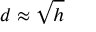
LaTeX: d \approx { \sqrt { h } }